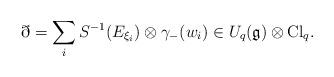
LaTeX: \begin{align*}\eth = \sum_i S^{-1}(E_{\xi_i}) \otimes \gamma_{-}(w_i) \in U_q(\mathfrak{g}) \otimes \mathrm{Cl}_q.\end{align*}